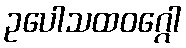
ဥပေါသထဝဂ္ဂေါ